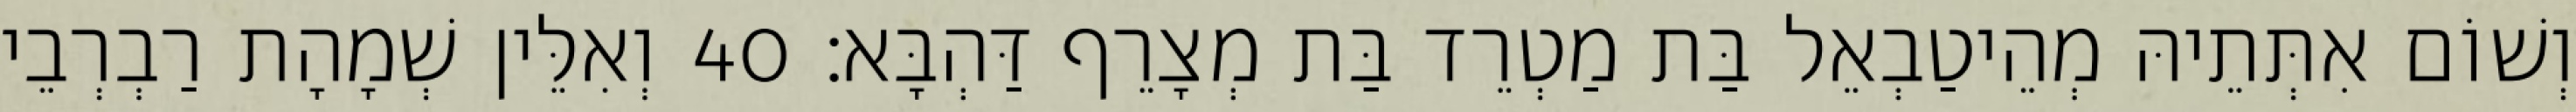
וְשׁוֹם אִתְּתֵיהּ מְהֵיטַבְאֵל בַּת מַטְרֵד בַּת מְצָרֵף דַּהְבָּא׃ 40 וְאִלֵּין שְׁמָהָת רַבְרְבֵי